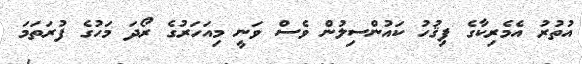
އުތުރު އެމެރިކާގެ ފިޤުހު ކައުންސިލުން ވެސް ވަނީ މިއަހަރުގެ ރޯދަ މަހުގެ ފުރަތަމަ